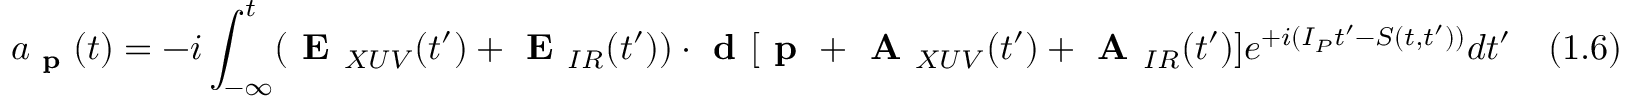
a _ { \textbf { p } } ( t ) = - i \int _ { - \infty } ^ { t } ( { \textbf { E } } _ { X U V } ( t ^ { \prime } ) + { \textbf { E } } _ { I R } ( t ^ { \prime } ) ) \cdot { \textbf { d } } [ { \textbf { p } } + { \textbf { A } } _ { X U V } ( t ^ { \prime } ) + { \textbf { A } } _ { I R } ( t ^ { \prime } ) ] e ^ { + i ( I _ { P } t ^ { \prime } - S ( t , t ^ { \prime } ) ) } d t ^ { \prime } \quad ( 1 . 6 )